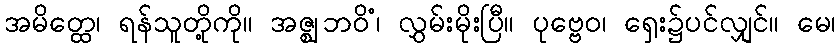
အမိတ္ထေ၊ ရန်သူတို့ကို။ အဇ္ဈဘဝိံ၊ လွှမ်းမိုးပြီ။ ပုဗ္ဗေဝ၊ ရှေး၌ပင်လျှင်။ မေ၊